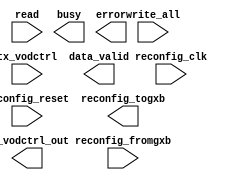
// megafunction wizard: %ALTGX_RECONFIG%VBB%
// GENERATION: STANDARD
// VERSION: WM1.0
// MODULE: alt2gxb_reconfig 

// ============================================================
// Megafunction Name(s):
// 			alt2gxb_reconfig
//
// Simulation Library Files(s):
// 			altera_mf;lpm
// ============================================================
// ************************************************************
// THIS IS A WIZARD-GENERATED FILE. DO NOT EDIT THIS FILE!
//
// 14.1.1 Build 190 01/19/2015 SJ Full Version
// ************************************************************

//Copyright (C) 1991-2015 Altera Corporation. All rights reserved.
//Your use of Altera Corporation's design tools, logic functions 
//and other software and tools, and its AMPP partner logic 
//functions, and any output files from any of the foregoing 
//(including device programming or simulation files), and any 
//associated documentation or information are expressly subject 
//to the terms and conditions of the Altera Program License 
//Subscription Agreement, the Altera Quartus II License Agreement,
//the Altera MegaCore Function License Agreement, or other 
//applicable license agreement, including, without limitation, 
//that your use is for the sole purpose of programming logic 
//devices manufactured by Altera and sold by Altera or its 
//authorized distributors.  Please refer to the applicable 
//agreement for further details.

module four_lane_seriallite_reconfig (
	read,
	reconfig_clk,
	reconfig_fromgxb,
	reconfig_reset,
	tx_vodctrl,
	write_all,
	busy,
	data_valid,
	error,
	reconfig_togxb,
	tx_vodctrl_out)/* synthesis synthesis_clearbox = 1 */;

	input	  read;
	input	  reconfig_clk;
	input	[16:0]  reconfig_fromgxb;
	input	  reconfig_reset;
	input	[2:0]  tx_vodctrl;
	input	  write_all;
	output	  busy;
	output	  data_valid;
	output	  error;
	output	[3:0]  reconfig_togxb;
	output	[2:0]  tx_vodctrl_out;

endmodule

// ============================================================
// CNX file retrieval info
// ============================================================
// Retrieval info: PRIVATE: ADCE NUMERIC "0"
// Retrieval info: PRIVATE: CMU_PLL NUMERIC "0"
// Retrieval info: PRIVATE: DATA_RATE NUMERIC "0"
// Retrieval info: PRIVATE: INTENDED_DEVICE_FAMILY STRING "Stratix IV"
// Retrieval info: PRIVATE: PMA NUMERIC "1"
// Retrieval info: PRIVATE: PROTO_SWITCH NUMERIC "0"
// Retrieval info: PRIVATE: SYNTH_WRAPPER_GEN_POSTFIX STRING "0"
// Retrieval info: CONSTANT: BASE_PORT_WIDTH NUMERIC "1"
// Retrieval info: CONSTANT: CBX_BLACKBOX_LIST STRING "-lpm_mux"
// Retrieval info: CONSTANT: ENABLE_CHL_ADDR_FOR_ANALOG_CTRL STRING "TRUE"
// Retrieval info: CONSTANT: ENABLE_SELF_RECOVERY STRING "TRUE"
// Retrieval info: CONSTANT: INTENDED_DEVICE_FAMILY STRING "Stratix IV"
// Retrieval info: CONSTANT: NUMBER_OF_CHANNELS NUMERIC "1"
// Retrieval info: CONSTANT: NUMBER_OF_RECONFIG_PORTS NUMERIC "1"
// Retrieval info: CONSTANT: READ_BASE_PORT_WIDTH NUMERIC "1"
// Retrieval info: CONSTANT: enable_buf_cal STRING "true"
// Retrieval info: CONSTANT: reconfig_fromgxb_width NUMERIC "17"
// Retrieval info: CONSTANT: reconfig_togxb_width NUMERIC "4"
// Retrieval info: USED_PORT: busy 0 0 0 0 OUTPUT NODEFVAL "busy"
// Retrieval info: USED_PORT: data_valid 0 0 0 0 OUTPUT NODEFVAL "data_valid"
// Retrieval info: USED_PORT: error 0 0 0 0 OUTPUT NODEFVAL "error"
// Retrieval info: USED_PORT: read 0 0 0 0 INPUT NODEFVAL "read"
// Retrieval info: USED_PORT: reconfig_clk 0 0 0 0 INPUT NODEFVAL "reconfig_clk"
// Retrieval info: USED_PORT: reconfig_fromgxb 0 0 17 0 INPUT NODEFVAL "reconfig_fromgxb[16..0]"
// Retrieval info: USED_PORT: reconfig_reset 0 0 0 0 INPUT NODEFVAL "reconfig_reset"
// Retrieval info: USED_PORT: reconfig_togxb 0 0 4 0 OUTPUT NODEFVAL "reconfig_togxb[3..0]"
// Retrieval info: USED_PORT: tx_vodctrl 0 0 3 0 INPUT NODEFVAL "tx_vodctrl[2..0]"
// Retrieval info: USED_PORT: tx_vodctrl_out 0 0 3 0 OUTPUT NODEFVAL "tx_vodctrl_out[2..0]"
// Retrieval info: USED_PORT: write_all 0 0 0 0 INPUT NODEFVAL "write_all"
// Retrieval info: CONNECT: @read 0 0 0 0 read 0 0 0 0
// Retrieval info: CONNECT: @reconfig_clk 0 0 0 0 reconfig_clk 0 0 0 0
// Retrieval info: CONNECT: @reconfig_fromgxb 0 0 17 0 reconfig_fromgxb 0 0 17 0
// Retrieval info: CONNECT: @reconfig_mode_sel 0 0 3 0 GND 0 0 3 0
// Retrieval info: CONNECT: @reconfig_reset 0 0 0 0 reconfig_reset 0 0 0 0
// Retrieval info: CONNECT: @tx_vodctrl 0 0 3 0 tx_vodctrl 0 0 3 0
// Retrieval info: CONNECT: @write_all 0 0 0 0 write_all 0 0 0 0
// Retrieval info: CONNECT: busy 0 0 0 0 @busy 0 0 0 0
// Retrieval info: CONNECT: data_valid 0 0 0 0 @data_valid 0 0 0 0
// Retrieval info: CONNECT: error 0 0 0 0 @error 0 0 0 0
// Retrieval info: CONNECT: reconfig_togxb 0 0 4 0 @reconfig_togxb 0 0 4 0
// Retrieval info: CONNECT: tx_vodctrl_out 0 0 3 0 @tx_vodctrl_out 0 0 3 0
// Retrieval info: GEN_FILE: TYPE_NORMAL four_lane_seriallite_reconfig.v TRUE
// Retrieval info: GEN_FILE: TYPE_NORMAL four_lane_seriallite_reconfig.inc FALSE
// Retrieval info: GEN_FILE: TYPE_NORMAL four_lane_seriallite_reconfig.cmp FALSE
// Retrieval info: GEN_FILE: TYPE_NORMAL four_lane_seriallite_reconfig.bsf FALSE
// Retrieval info: GEN_FILE: TYPE_NORMAL four_lane_seriallite_reconfig_inst.v TRUE
// Retrieval info: GEN_FILE: TYPE_NORMAL four_lane_seriallite_reconfig_bb.v TRUE
// Retrieval info: LIB_FILE: altera_mf
// Retrieval info: LIB_FILE: lpm